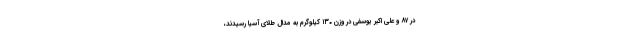
در ۸۷ و علی اکبر یوسفی در وزن ۱۳۰ کیلوگرم به مدال طلای آسیا رسیدند،